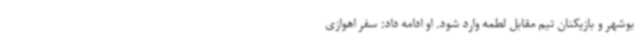
بوشهر و بازیکنان تیم مقابل لطمه وارد شود. او ادامه داد: سفر اهوازی